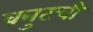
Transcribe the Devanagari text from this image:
क्नुटची